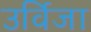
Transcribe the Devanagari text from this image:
उर्विजा